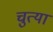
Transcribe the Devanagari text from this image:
चुत्या